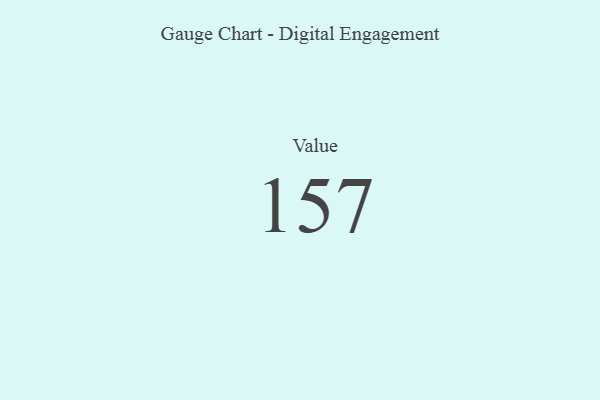
{"axis": {"x": "Metric", "y": "Value"}, "legend": [""], "data": [{"x": "Value", "y": 157, "type": ""}]}